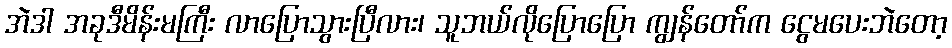
အဲဒါ အခုဒီမိန်းမကြီး လာပြောသွားပြီလား၊ သူဘယ်လိုပြောပြော ကျွန်တော်က ငွေမပေးဘဲတော့